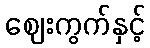
ဈေးကွက်နှင့်